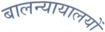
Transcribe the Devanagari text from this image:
बालन्यायालयों